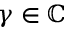
\gamma \in \mathbb C